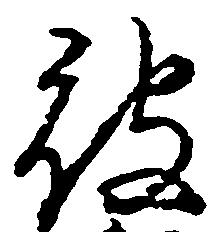
被